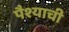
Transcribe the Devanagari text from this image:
पैश्याची